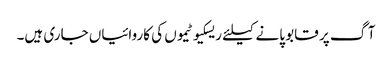
آگ پر قابو پانے کیلئے ریسکیو ٹیموں کی کاروائیاں جاری ہیں۔